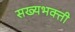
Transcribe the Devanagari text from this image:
सख्यभक्ती